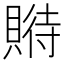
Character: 𧶱